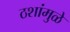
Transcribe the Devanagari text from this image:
ठशांमुळे